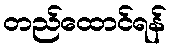
တည်ထောင်ရန်